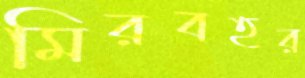
মিরবহর